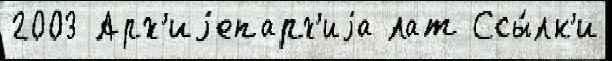
2003 Арх'иjепарх'иjа лат Ссы́лк'и